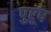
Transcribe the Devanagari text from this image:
पुऱूष